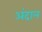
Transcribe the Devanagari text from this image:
अंदाल